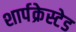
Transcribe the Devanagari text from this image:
शार्पक्रेस्टेड